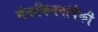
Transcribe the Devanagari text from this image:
मॅककिननांपैकी